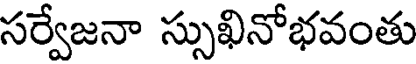
సర్వేజనా స్సుఖినోభవంతు